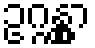
ဥဂ္ဂန္တွာ